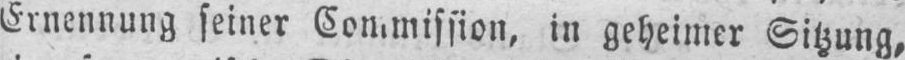
in geheimer Sitzung,